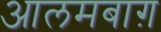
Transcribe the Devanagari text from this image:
आलमबाग़